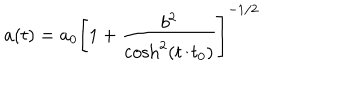
a ( t ) = a _ { 0 } \left[ 1 + \frac { b ^ { 2 } } { \cosh ^ { 2 } ( t / t _ { 0 } ) } \right] ^ { - 1 / 2 }